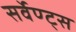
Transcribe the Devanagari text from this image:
सर्वेण्ट्स